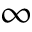
\infty